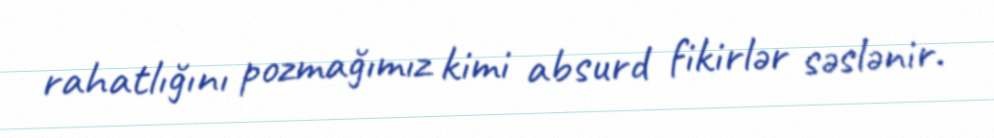
rahatlığını pozmağımız kimi absurd fikirlər səslənir.